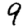
Digit: 9